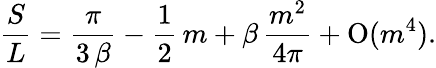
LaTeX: {\frac{S}{L}}={\frac{\pi}{3\, \beta}}-{\frac{1}{2}}\, m+\beta\, {\frac{m^{2}}{4\pi}}+\mathrm{O}(m^{4}).